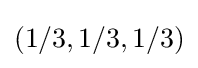
(1/3,1/3,1/3)